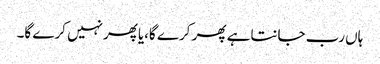
ہاں رب جانتاہے پھر کرے گا،یاپھرنہیں کرے گا۔